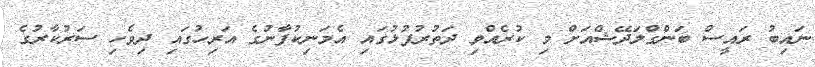
ނައިބު ރައީސް ބަންގްލަދޭޝްއަށް މި ކުރެއްވި ދަތުރުފުޅުގައި އެމަނިކުފާނުގެ އަރިހުގައި ދިވެހި ސަރުކާރުގެ